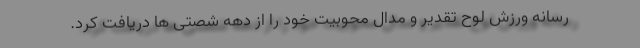
رسانه ورزش لوح تقدیر و مدال محوبیت خود را از دهه شصتی ها دریافت کرد.